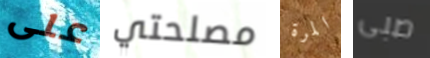
على مصلحتي المرة صبى